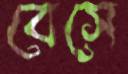
বেসে